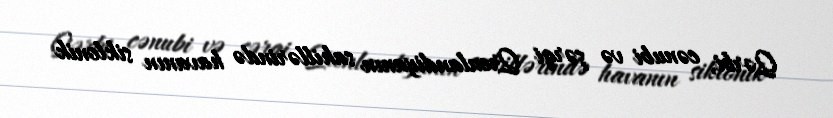
Qərbi, cənubi və şərqi Qrenlandiyanın sahillərində havanın siklonik